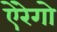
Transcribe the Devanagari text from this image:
ऐंरेगो